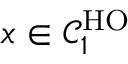
x \in \mathcal { C } _ { 1 } ^ { \mathrm { H O } }